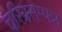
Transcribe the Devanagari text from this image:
चरित्रसम्पन्न